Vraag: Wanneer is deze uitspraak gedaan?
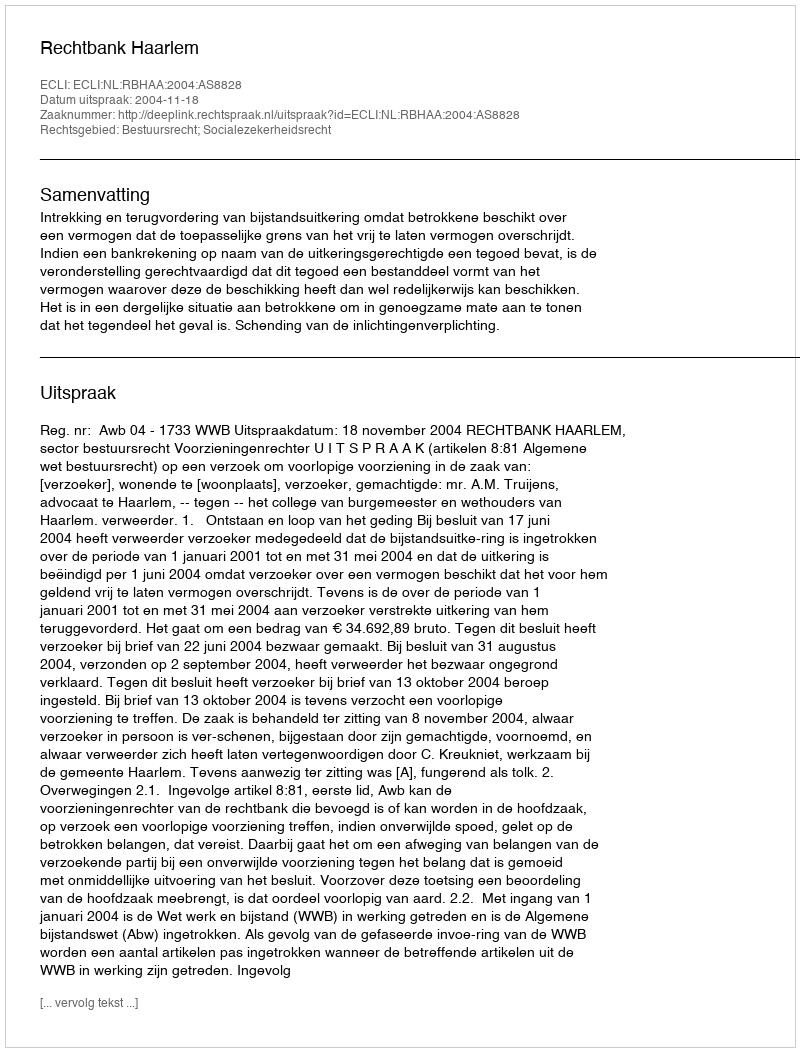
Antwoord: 2004-11-18